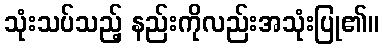
သုံးသပ်သည့် နည်းကိုလည်းအသုံးပြု၏။